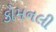
કોમનલી